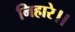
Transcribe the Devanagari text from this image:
निहारे।।